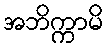
အဘိက္ကာမိ